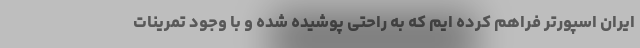
ایران اسپورتر فراهم کرده ایم که به راحتی پوشیده شده و با وجود تمرینات